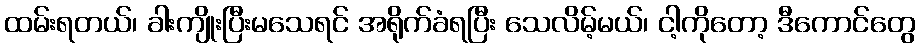
ထမ်းရတယ်၊ ခါးကျိုးပြီးမသေရင် အရိုက်ခံရပြီး သေလိမ့်မယ်၊ ငါ့ကိုတော့ ဒီကောင်တွေ